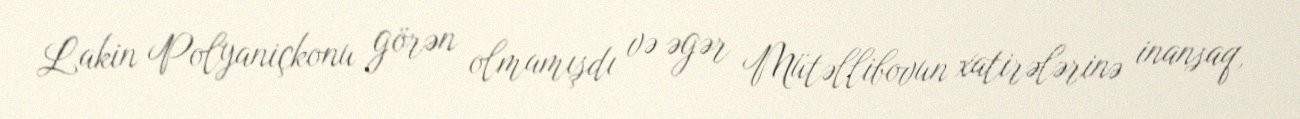
Lakin Polyaniçkonu görən olmamışdı və əgər Mütəllibovun xatirələrinə inansaq,